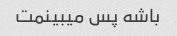
باشه پس میبینمت